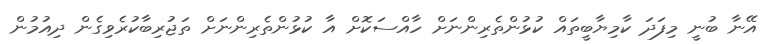
އޭނާ ބުނީ މިފަދަ ކާމިޔާބީތައް ކުޅުންތެރިންނަށް ހާއްސަކޮށް އާ ކުޅުންތެރިންނަށް ތަޖުރިބާކުރެވިގެން ދިއުމުުން